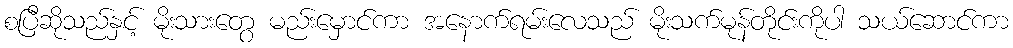
စပြီဆိုသည်နှင့် မိုးသားတွေ မည်းမှောင်ကာ အနောက်ရမ်းလေသည် မိုးသက်မုန်တိုင်းကိုပါ သယ်ဆောင်ကာ